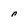
Character: n